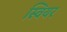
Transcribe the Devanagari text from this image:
स्वियर